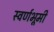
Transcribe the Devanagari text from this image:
स्वर्णभूमी